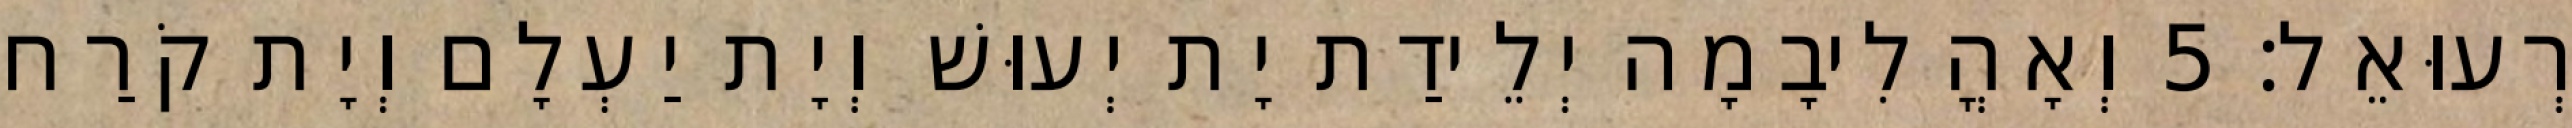
רְעוּאֵל׃ 5 וְאָהֳלִיבָמָה יְלֵידַת יָת יְעוּשׁ וְיָת יַעְלָם וְיָת קֹרַח